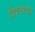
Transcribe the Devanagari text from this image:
विश्‍वाच्‍या